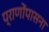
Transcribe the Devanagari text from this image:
प्राणोंपासना